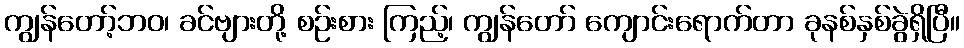
ကျွန်တော့်ဘဝ၊ ခင်ဗျားတို့ စဉ်းစား ကြည့်၊ ကျွန်တော် ကျောင်းရောက်တာ ခုနစ်နှစ်ခွဲရှိပြီ။